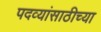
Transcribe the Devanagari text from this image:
पदव्यांसाठीच्या